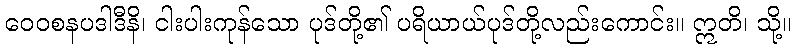
ဝေဝစနပဒါဒီနိ၊ ငါးပါးကုန်သော ပုဒ်တို့၏ ပရိယာယ်ပုဒ်တို့လည်းကောင်း။ ဣတိ၊ သို့။